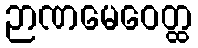
ဉာဏမေဝေတ္ထ